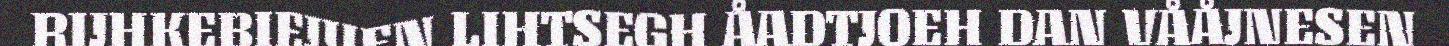
RIJHKEBIEJJIEN LIHTSEGH ÅADTJOEH DAN VÅÅJNESEN